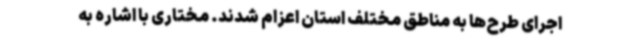
اجرای طرح‌ها به مناطق مختلف استان اعزام شدند. مختاری با اشاره به